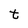
Character: t